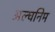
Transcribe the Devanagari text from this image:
अल्घनिम